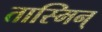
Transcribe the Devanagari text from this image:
तास्मिन्